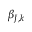
\beta _ { J , k }